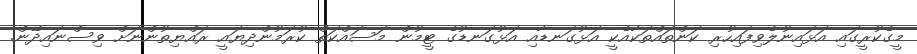
މީގެކުރީގައި އަޅައިނުލެވިފައިހުރި ކަންތައްތަކާއެކީ އަޅުގަނޑާއި އަޅުގަނޑުގެ ޓީމުން މަސައްކަތް ކުރަމުންދިޔައީ ރައްޔިތުންނަށް ވިސްނައިދޭން.